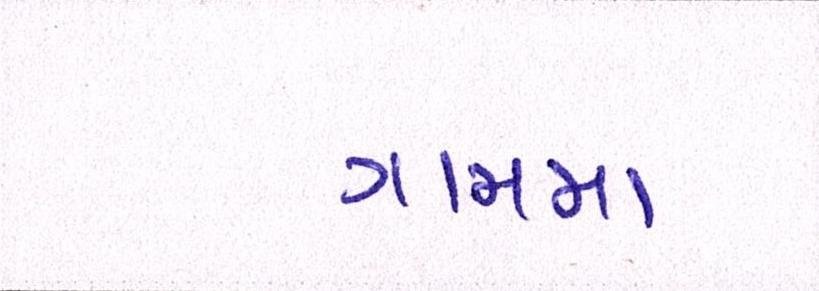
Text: ગામમા